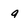
Character: a